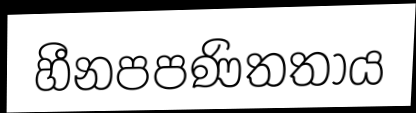
හීනපපණිතතාය